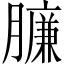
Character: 臁